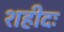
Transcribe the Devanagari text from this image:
शहीदः